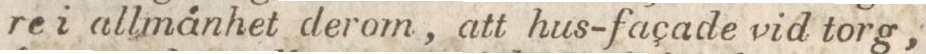
re i allmänhet derom, att hus-façade vid torg,